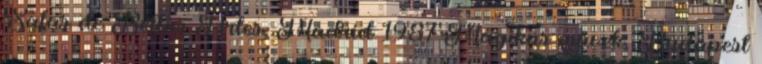
Salas de Bellas Artes, Madrid 1987 Mágikus művek, Budapest